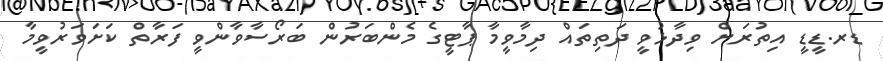
ޑރ.ޑީޑީ އިތުރަށް ވިދާޅުވީ ދަތިތައް ދިމާވީމާ ޕާޓީގެ މެންބަރުން ބަރޯސާވާންވީ ފަރާތް ކަށަވަރުވީމާ